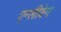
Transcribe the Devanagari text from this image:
एन्लीवेन